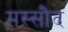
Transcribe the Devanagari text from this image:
मस्सौद